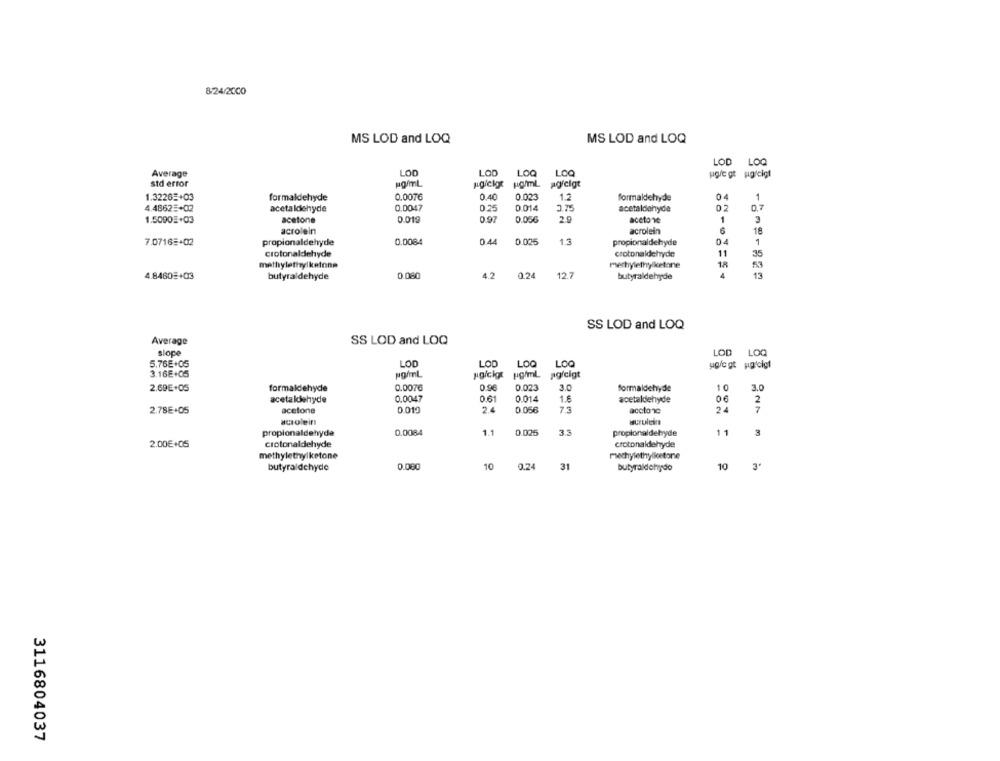
8-24/2000
MS LOD and LOQ
MS LOD and LOQ
LOD LOQ
Average
LOD
LOD LOQ
LOO
ugre gt uigicigt
std error
pgicky pamL
1.3226=+03
formaldehyde
0.0076
0.40
0.023
1.2
formaldehyde
1
0.0047
4.48625+02
acetaldehyde
0.25
0.014
3.75
acetaldehyde
1.5090E+03
acetone
0.019
0.97
0.056
2.9
aceto ve
1
6
acrolein
acrolein
7.0716:+02
propionaldehyde
0.0084
0.44
0.025
1.3
propionaldehyde
04
1
crotonaldehyde
crotonaldehyde
11
35
mathylethylketone
mertylethylketone
18
53
0.080
4.2
0.24
12.7
13
4.8460#+03
butyraldehyde
butyraldehyde
SS LOD and LOQ
Average
SS LOD and LOQ
slope
LOD LOQ
5.76E+05
LOD
LOD
LOO
LOQ
3.16E+05
sgicigt pg/ml agfcigt
2.69€+05
formaldehyde
0.0076
0.96
0.023
3.0
formaldehyde
10
3.0
acetaldehyde
0.0047
0.61
0.014
1.6
acetaldehyde
06
2
2.78E+05
acetone
0 011
2.4
0.056
7.3
acctonc
2.
7
acolein!
propionaldehyde
0.0084
1.1
0.025
3.3
propionaldehyde
1
3
2.00€+05
Crotonaldehyde
crotonaldehyde
methylethylketone
mechylethyllestone
butyraldehyde
0.080
10
0.24
31
butyraldehy do
10
3ª
3116804037